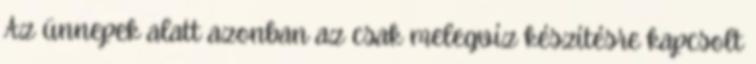
Az ünnepek alatt azonban az csak melegvíz készítésre kapcsolt